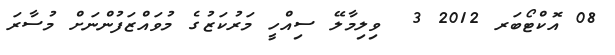
08 އޮކްޓޯބަރ 2012 3  ވިލިމާލޭ ސިއްހީ މަރުކަޒުގެ މުވައްޒަފުންނަށް މުސާރަ